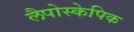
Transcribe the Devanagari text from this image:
लैपोस्केपिक